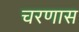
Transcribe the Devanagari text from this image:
चरणास